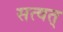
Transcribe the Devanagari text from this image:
सत्वत्